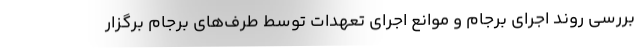
بررسی روند اجرای برجام و موانع اجرای تعهدات توسط طرف‌های برجام برگزار